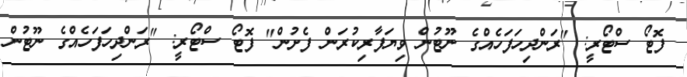
ފޮޓޯ ސްޓޯރީ: "ރަންދިހަފަހެއްގެ ނޫޓުން ވިޔަފާރިކުރަން ފެށުން" ފޮޓޯ ސްޓޯރީ: "ރަންދިހަފަހެއްގެ ނޫޓުން